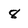
Character: 8